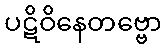
ပဋိဝိနေတဗ္ဗော